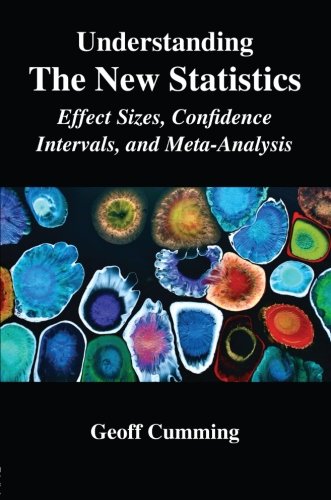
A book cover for Understanding The New Statistics: Effect Sizes, Confidence Intervals, and Meta-Analysis (Multivariate Applications Series); Geoff Cumming; Business & Money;